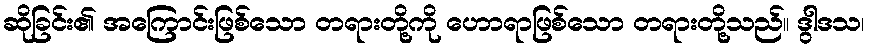
ဆိုခြင်း၏ အကြောင်းဖြစ်သော တရားတို့ကို ဟောရာဖြစ်သော တရားတို့သည်။ ဒွါဒသ၊